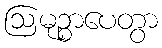
ဩမုဉ္စာပေတွာ